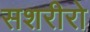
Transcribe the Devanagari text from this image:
सशरीरो